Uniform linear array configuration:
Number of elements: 8
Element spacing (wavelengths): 0.5
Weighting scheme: hamming
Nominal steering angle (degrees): -45
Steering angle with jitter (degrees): -45.336
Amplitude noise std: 0.05
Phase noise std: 0.05

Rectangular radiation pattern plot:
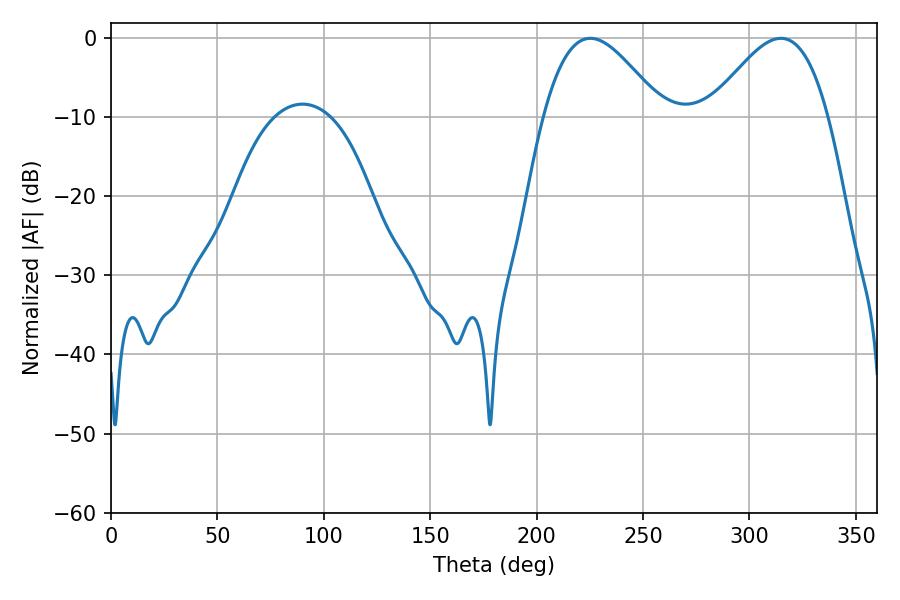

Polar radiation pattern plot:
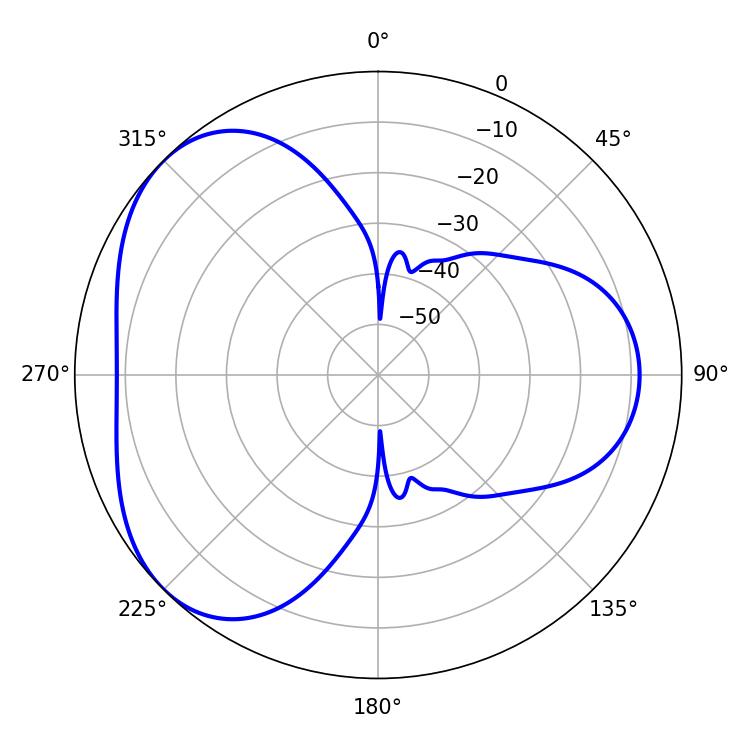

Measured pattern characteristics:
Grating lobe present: FALSE
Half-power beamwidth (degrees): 29.88
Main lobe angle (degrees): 225.18